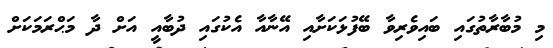
މި މުބާރާތުގައި ބައިވެރިވާ ބޭފުޅަކަށާއި އޭނާއާ އެކުގައި ދުބާއީ އަށް ދާ މަޙްރަމަކަށް